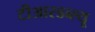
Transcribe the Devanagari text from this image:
टीआरडब्ल्यू